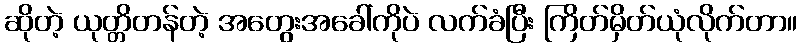
ဆိုတဲ့ ယုတ္တိတန်တဲ့ အတွေးအခေါ်ကိုပဲ လက်ခံပြီး ကြိတ်မှိတ်ယုံလိုက်တာ။